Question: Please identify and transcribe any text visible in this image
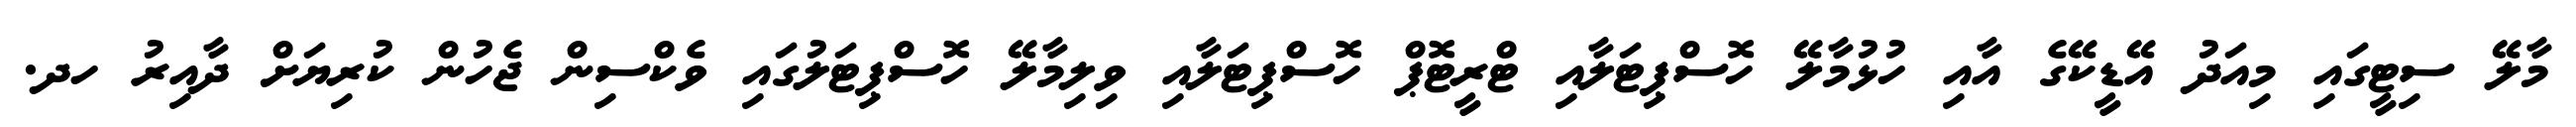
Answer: މާލޭ ސިޓީގައި މިއަދު އޭޑީކޭގެ އާއި ހުޅުމާލޭ ހޮސްޕިޓަލާއި ޓްރީޓޮޕް ހޮސްޕިޓަލާއި ވިލިމާލޭ ހޮސްޕިޓަލުގައި ވެކްސިން ޖެހުން ކުރިޔަށް ދާއިރު ހދ.